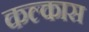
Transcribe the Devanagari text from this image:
कल्कास